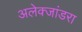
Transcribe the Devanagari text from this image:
अलेक्जांडरा